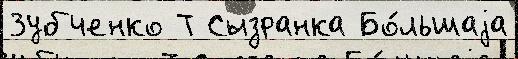
Зубченко Т Сызранка Бо́льшаjа